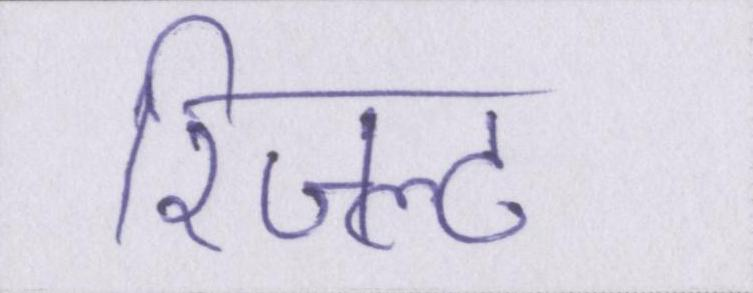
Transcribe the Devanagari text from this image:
रिजल्ट